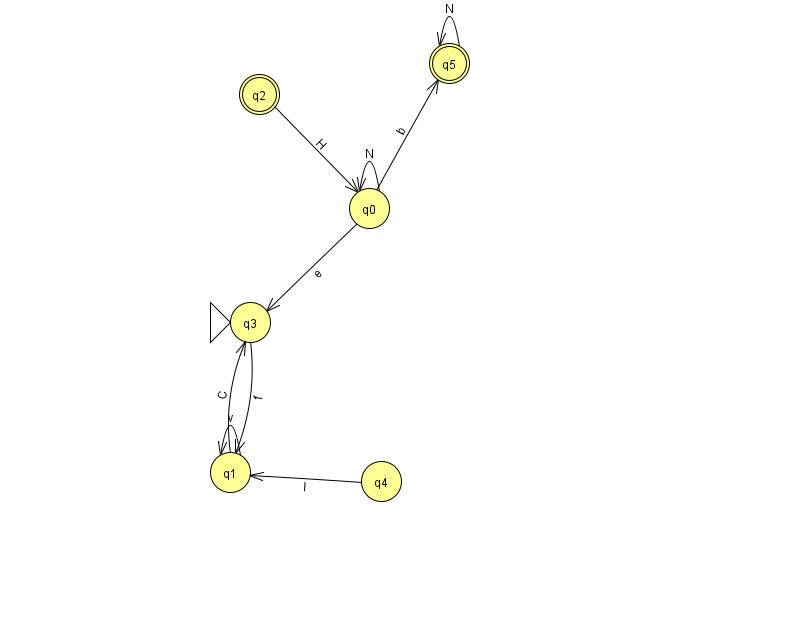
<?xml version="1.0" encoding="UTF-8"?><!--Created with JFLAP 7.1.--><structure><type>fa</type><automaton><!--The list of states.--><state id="0" name="q0"><x>369.0</x><y>195.0</y></state><state id="1" name="q1"><x>230.0</x><y>459.0</y></state><state id="2" name="q2"><x>259.0</x><y>81.0</y><final/></state><state id="3" name="q3"><x>250.0</x><y>309.0</y><initial/></state><state id="4" name="q4"><x>381.0</x><y>468.0</y></state><state id="5" name="q5"><x>449.0</x><y>50.0</y><final/></state><!--The list of transitions.--><transition><from>0</from><to>3</to><read>e</read></transition><transition><from>0</from><to>5</to><read>b</read></transition><transition><from>1</from><to>1</to><read>v</read></transition><transition><from>3</from><to>1</to><read>f</read></transition><transition><from>2</from><to>0</to><read>H</read></transition><transition><from>4</from><to>1</to><read>I</read></transition><transition><from>1</from><to>3</to><read>C</read></transition><transition><from>0</from><to>0</to><read>N</read></transition><transition><from>5</from><to>5</to><read>N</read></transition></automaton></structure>